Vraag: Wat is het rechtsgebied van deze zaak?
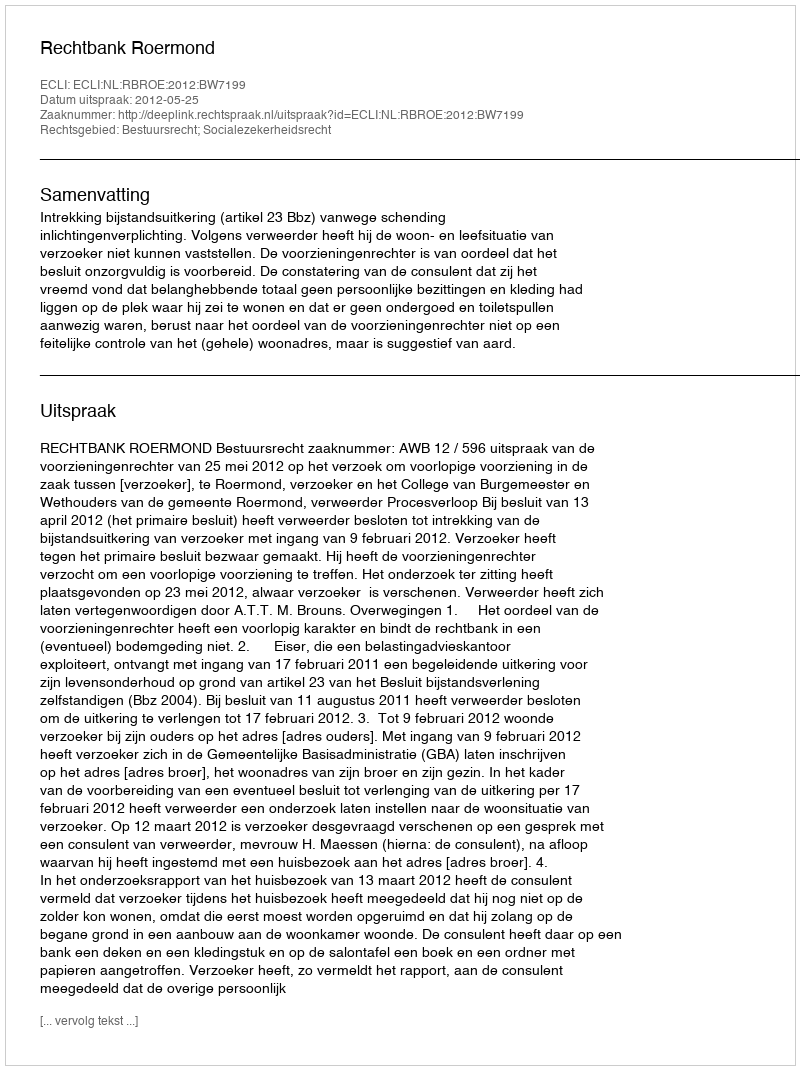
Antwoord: Bestuursrecht; Socialezekerheidsrecht